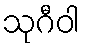
သုဂီဝါ